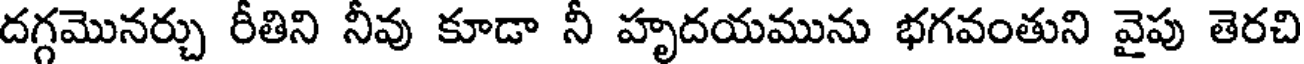
దగ్గమొనర్చు రీతిని నీవు కూడా నీ హృదయమును భగవంతుని వైపు తెరచి